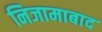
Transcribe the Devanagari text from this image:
निजामाबाद